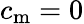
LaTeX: c_{\mathrm{m}}=0